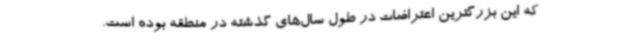
که این بزرگترین اعتراضات در طول سال‌های گذشته در منطقه بوده است.